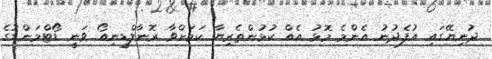
ދުނިޔޭގައި އުފެދުނު އެންމެ މޮޅު އެއް ކުޅުންތެރިޔާ ކަމަށްވާ ރޮނާލްޑީނިއޯ ވަނީ ޑޯޓްމަންޑުގެ